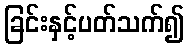
ခြင်းနှင့်ပတ်သက်၍